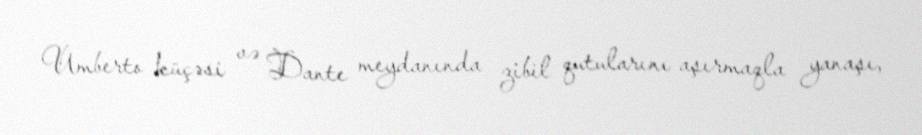
Umberto küçəsi və Dante meydanında zibil qutularını aşırmaqla yanaşı,